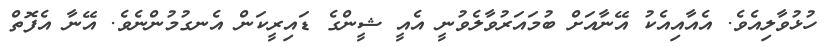
ހުޅުވާލިއެވެ. އެއާއިއެކު އޭނާއަށް ބުމައަރުވާލެވުނީ އެއީ ޝީންގެ ޑައިރީކަން އެނގުމުންނެވެ. އޭނާ އެފޮތް